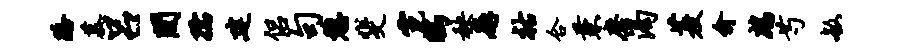
路慕吕间孺建侣句憩斐霓鸱秧廨祜合兼磨渴菱俞鹧芍敏